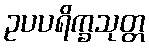
ဥပပရိက္ခသုတ္တ